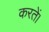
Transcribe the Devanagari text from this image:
करतें।